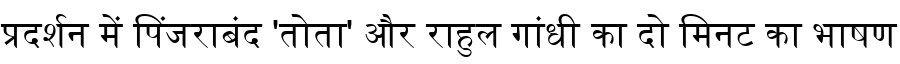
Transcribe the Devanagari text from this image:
प्रदर्शन में पिंजराबंद 'तोता' और राहुल गांधी का दो मिनट का भाषण